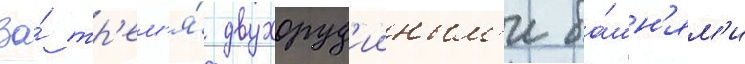
За́ тр'ем'я́ двухоруд'ииным'и ба́шн'ям'и